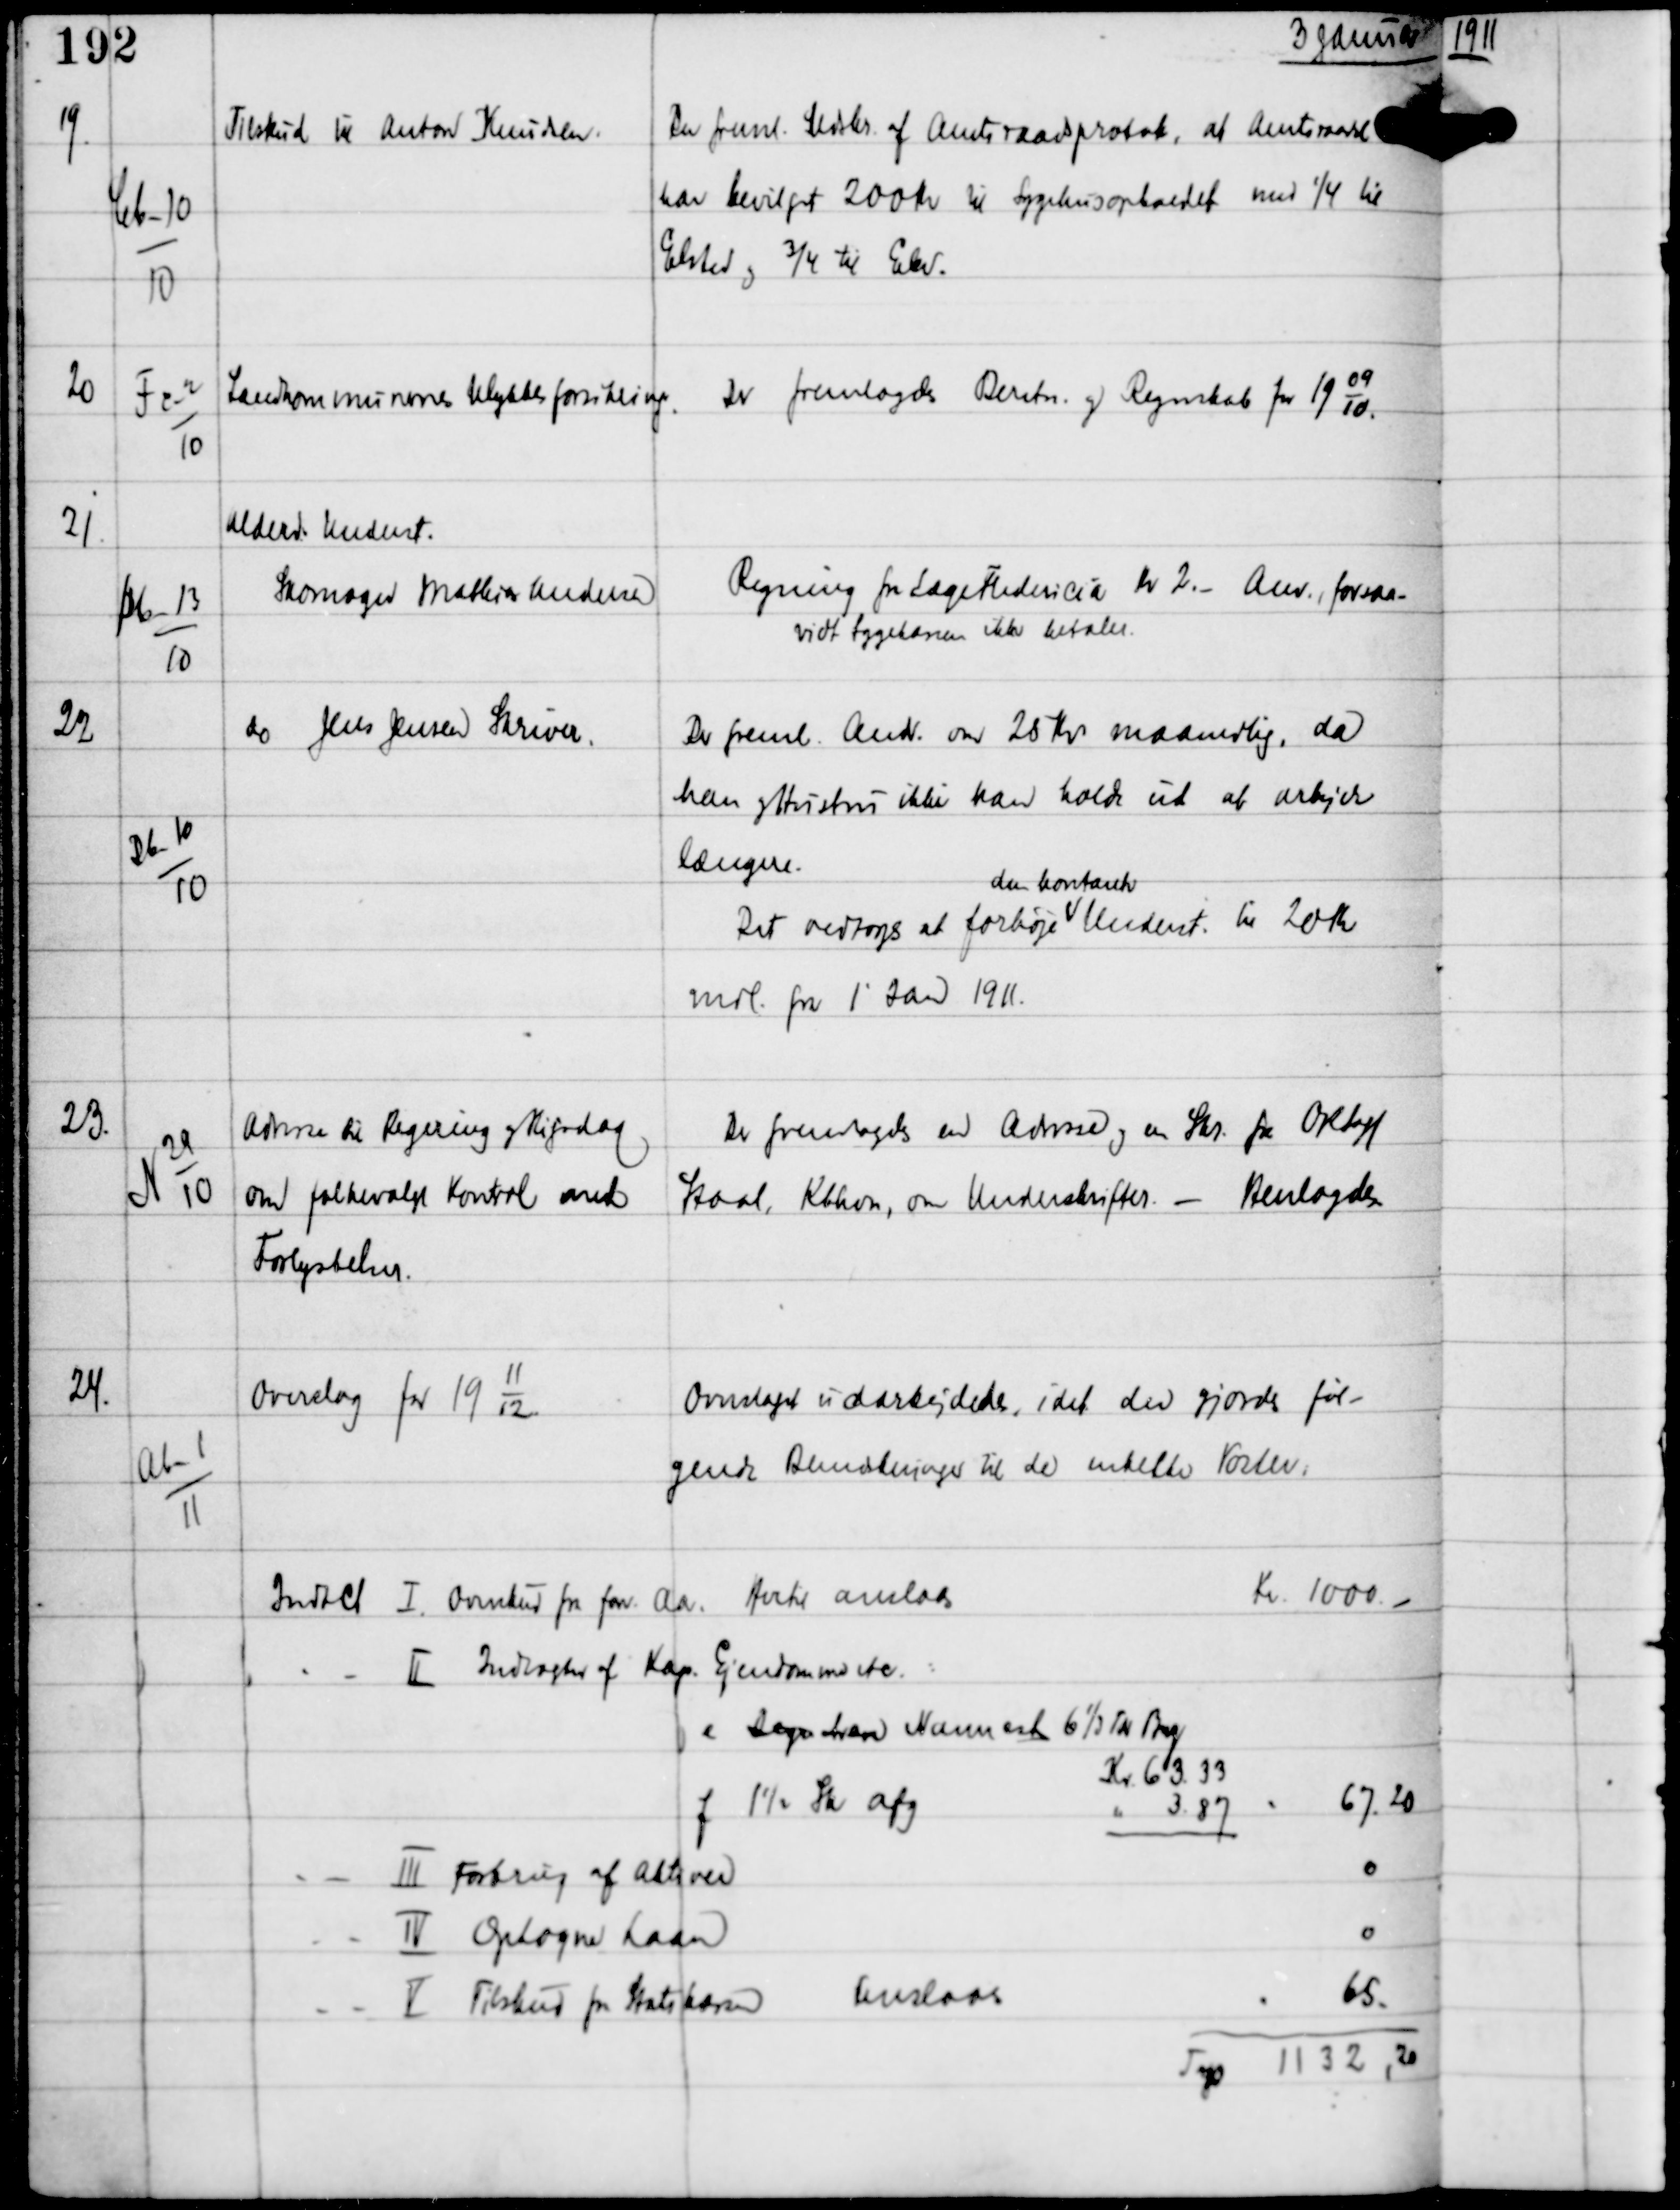
Transskription:
3 Januar

19.

Cb-10
10

Tilskud til Anton Knudsen

Der freml. Udskr. af Amtsraadsprotok, at Amtsraadet
har bevilget 200 Kr til Sygehusopholdet med ¼ til
Elsted og ¾ til Elev.

20

Fc-2
10

Landkommunernes Ulykkesforsikring.

Der fremlagdes Beretn. og Regnskab for 19
09
10.

21

Db-13
10

Alderd.Underst.
Skomager Mathias Andersen

Regning fra Læge Fredericia Kr 2.-
Anv forsaa
vidt Sygekassen ikke betaler.

22

Db-10
10

do Jens Jensen Skriver

Der freml Andr om 25 Kr maanedlig, da
han og Hustru ikke kan holde ud at arbejde
længere.
Det vedtoges at forhøje
den kontante
Underst til 20 Kr
mdl fra 1' Jan 1911.

23.

N 29
10

Adresse til Regering og Rigsdag
om folkevalgt Kontrol med
Forlystelser.

Der fremlagdes en Adresse og en Skr fra Oxxxx
Staal, Kbhvn, om Underskrifter -
Henlagdes.

24.

Ab-1
11

Overslag for 19
11
12

Overslaget udarbejdedes, idet der gjordes føl-
gende Bemærkninger til de enkelte Poster: